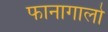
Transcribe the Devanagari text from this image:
फानागालो